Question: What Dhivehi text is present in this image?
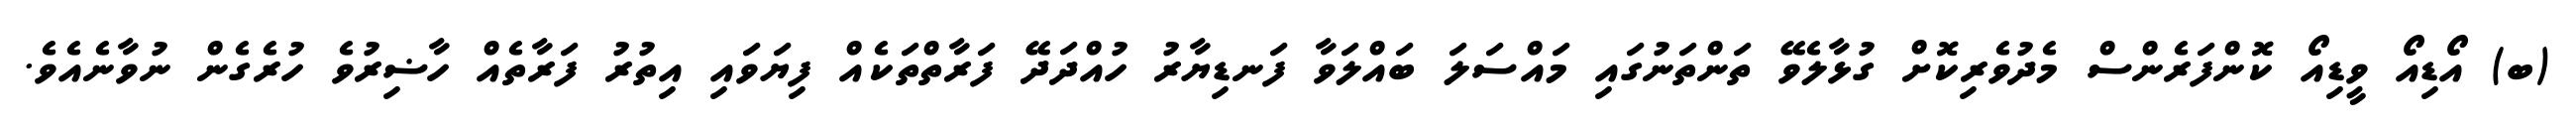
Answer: (ބ) އޯޑިއޯ ވީޑިއޯ ކޮންފަރެންސް މެދުވެރިކޮށް ގުޅާލެވޭ ތަންތަނުގައި މައްސަލަ ބައްލަވާ ފަނޑިޔާރު ހުއްދަދޭ ފަރާތްތަކެއް ފިޔަވައި އިތުރު ފަރާތެއް ހާޟިރުވެ ހުރެގެން ނުވާނެއެވެ.